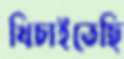
খিচাইতেছি